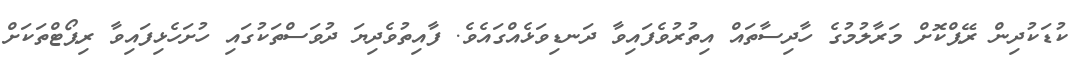
ކުޑަކުދިން ރޭޕްކޮށް މަރާލުމުގެ ހާދިސާތައް އިތުރުވެފައިވާ ދަނޑިވަޅެއްގައެވެ. ފާއިތުވެދިޔަ ދުވަސްތަކުގައި ހުށަހެޅިފައިވާ ރިޕޯޓްތަކަށް